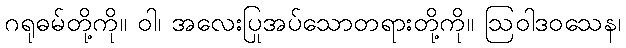
ဂရုဓမ်တို့ကို။ ဝါ၊ အလေးပြုအပ်သောတရားတို့ကို။ ဩဝါဒဝသေန၊